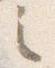
之